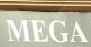
mega